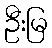
ဦးမြ